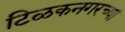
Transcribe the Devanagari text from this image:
टिळकनगरच्या